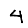
Digit: 4